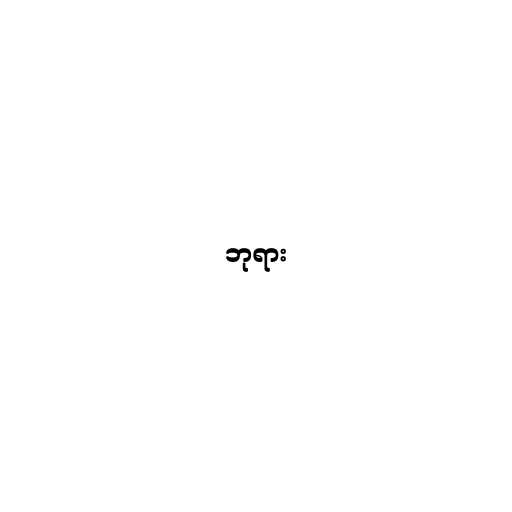
ဘုရား